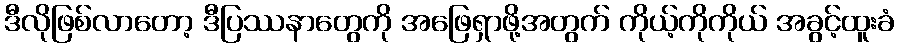
ဒီလိုဖြစ်လာတော့ ဒီပြဿနာတွေကို အဖြေရှာဖို့အတွက် ကိုယ့်ကိုကိုယ် အခွင့်ထူးခံ